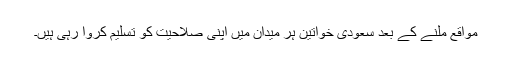
مواقع ملنے کے بعد سعودی خواتین ہر میدان میں اپنی صلاحیت کو تسلیم کروا رہی ہیں۔